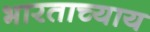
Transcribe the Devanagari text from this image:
भारताच्याय